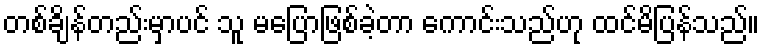
တစ်ချိန်တည်းမှာပင် သူ မပြောဖြစ်ခဲ့တာ ကောင်းသည်ဟု ထင်မိပြန်သည်။